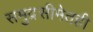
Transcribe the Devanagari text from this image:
समुद्रसीमेतही